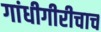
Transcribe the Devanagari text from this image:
गांधीगीरीचाच